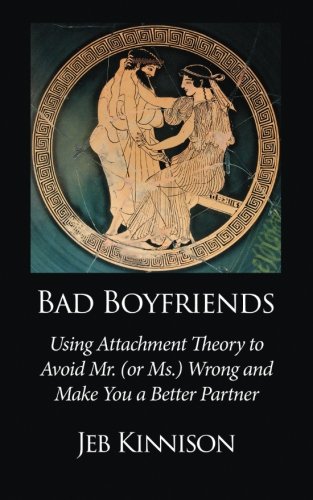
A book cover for Bad Boyfriends: Using Attachment Theory to Avoid Mr. (or Ms.) Wrong and Make You a Better Partner; Jeb Kinnison; Self-Help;